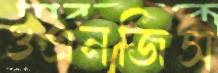
ওএনজিস